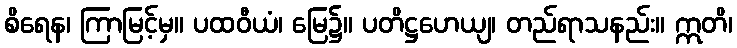
စိရေန၊ ကြာမြင့်မှ။ ပထဝီယံ၊ မြေ၌။ ပတိဋ္ဌဟေယျ၊ တည်ရာသနည်း။ ဣတိ၊